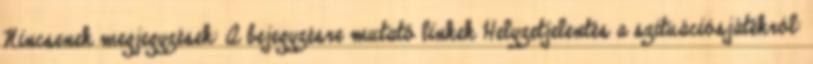
Nincsenek megjegyzések: A bejegyzésre mutató linkek Helyzetjelentés a szituációsjátékról: